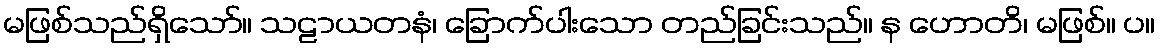
မဖြစ်သည်ရှိသော်။ သဠာယတနံ၊ ခြောက်ပါးသော တည်ခြင်းသည်။ န ဟောတိ၊ မဖြစ်။ ပ။